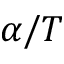
\alpha { } / T